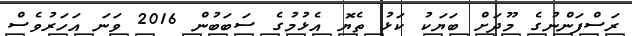
ރަސްފަންނުގެ މޫދަށް ބަޔަކު ކަޅު ތެޔޮ އެޅުމުގެ ސަބަބުން 2016 ވަނަ އަހަރުވެސް